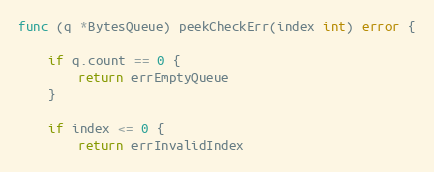
Language: Go
func (q *BytesQueue) peekCheckErr(index int) error {

	if q.count == 0 {
		return errEmptyQueue
	}

	if index <= 0 {
		return errInvalidIndex